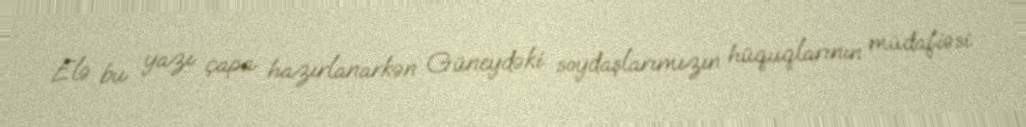
Elə bu yazı çapa hazırlanarkən Güneydəki soydaşlarımızın hüquqlarının müdafiəsi